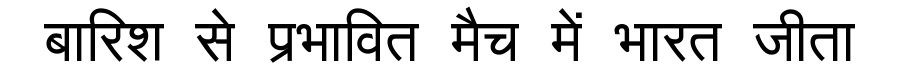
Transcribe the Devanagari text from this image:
बारिश से प्रभावित मैच में भारत जीता